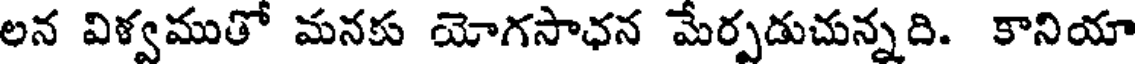
లన విళ్వముతో మనకు యోగసాఛన మేర్పడుచున్నది. కానియా